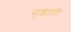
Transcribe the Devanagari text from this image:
मुशतरी